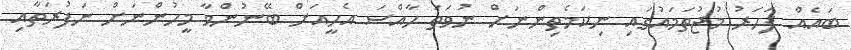
ބައެއް ފަހަރު މުޖުތަމައުގައި ނިކަމެތިންނަށް ނުވަތަ ހާއްސަ އެހީއަށް ބޭނުންވާ މީހުންނަށް ނަފުރަތާއި